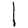
Character: l